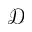
\mathcal { D }